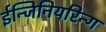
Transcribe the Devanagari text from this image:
ईन्जिनियरिन्ग